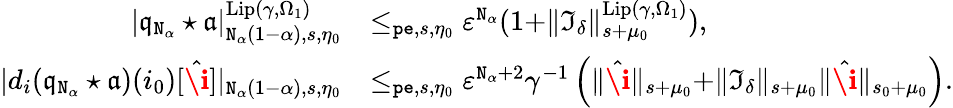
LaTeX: \begin{array}{rl}{|\mathfrak{q}_{\mathtt{N}_{\alpha}}\star\mathfrak{a}|_{\mathtt{N}_{\alpha}(1-\alpha),s,\eta_{0}}^{\mathrm{Lip}(\gamma,\Omega_{1})}}&{\le_{\mathtt{pe},s,\eta_{0}}\varepsilon^{\mathtt{N}_{\alpha}}(1+\rVert\mathfrak{I}_{\delta}\rVert_{s+\mu_{0}}^{\mathrm{Lip}(\gamma,\Omega_{1})}),}\\ {|d_{i}(\mathfrak{q}_{\mathtt{N}_{\alpha}}\star\mathfrak{a})(i_{0})[\hat{\textbf{\i}}]|_{\mathtt{N}_{\alpha}(1-\alpha),s,\eta_{0}}}&{\le_{\mathtt{pe},s,\eta_{0}}\varepsilon^{\mathtt{N}_{\alpha}+2}\gamma^{-1}\left(\rVert\hat{\textbf{\i}}\rVert_{s+\mu_{0}}+\rVert\mathfrak{I}_{\delta}\rVert_{s+\mu_{0}}\rVert\hat{\textbf{\i}}\rVert_{s_{0}+\mu_{0}}\right).}\end{array}